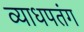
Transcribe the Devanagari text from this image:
व्याधपतंग